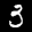
Label: 3